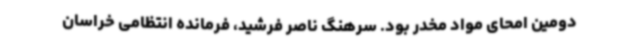
دومین امحای مواد مخدر بود. سرهنگ ناصر فرشید، فرمانده انتظامی خراسان